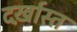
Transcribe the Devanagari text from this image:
दर्ख़ास्त